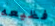
فظيعه